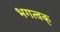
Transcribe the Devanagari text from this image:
भगत्वक्